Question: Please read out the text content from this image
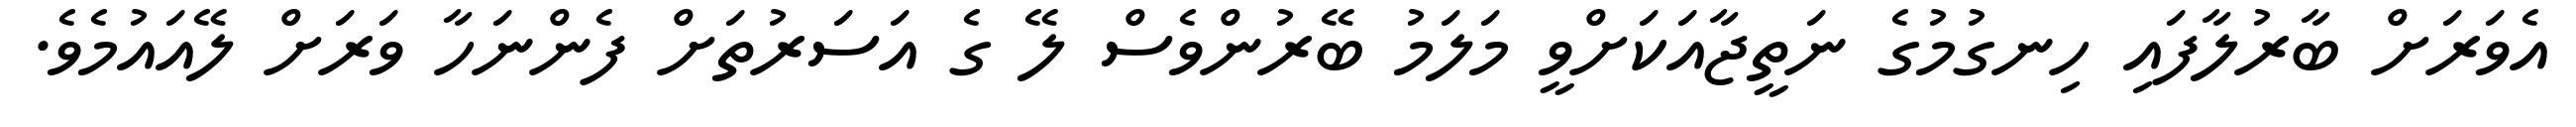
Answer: އެވަރަށް ބާރުލާފައި ހިނގުމުގެ ނަތީޖާއަކަށްވީ މަލަމު ބޭރުންވެސް ލޭ ގެ އަސަރުތަށް ފެންނަހާ ވަރަށް ލޭއައުމެވެ.